Materia medica of Madras volume I
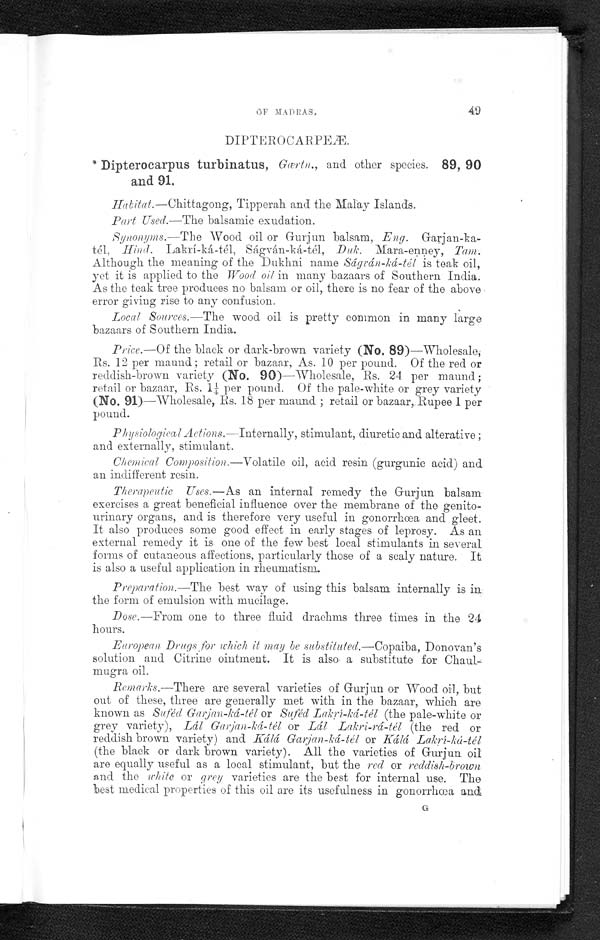
48
MATERIA MEDICA
Preparation.—Infusion, which is prepared in the ordinary way, the
proportion of the flowers to boiling water being one to eight. I have
not yet used the flowers in any other form.
Dose.—From one and a half to three fluid ounces.
European Drugs for which they may be substituted.—A very weak
substitute for Spirit. ammon. arom., lavender and peppermint.
TERNSTRŒMIACEIR
Camellia theifera, G riff. 86, 87 and 88.
Habitat.—Cultivated in China ; and in the Nílgiris, Travancore,
Darjeeling, Assam, Punjab and some other places of India.
Part Used.—The prepared leaves.
S y n o n y m s . — T e a , E n g .
T h é ,
F r .
D e r T h e e ,
G e r .
C h á ,
pattá Duk. and Hind. Te-ilai, Tey-áku, Tel. Chá-pátá, Beng.
Chá, Guz. Té-kóla, Cing. Laphé-khiáv, Bur. Sáé, Arab. Cháye,
Pers. The tea growing in, or imported from, some particular places
is generally named after those places in the bazaar ; as N í l g i r i - k i - c h á
or the tea growing on the Nílgiri hills (No. 86), Chin-ki-chá or
China tea (No. 87) and Singapúr-ki-chá or the tea imported from
Singapore (No. 88).
Local Sources.—Tea is one of the common and abundant articles in
Madras. The black tea (Káli-chá) is more abundant and cheaper than
the green one (Harí-Chá).
Price.—Of the Nílgiri tea—Wholesale, Rs. 10 per maund; retail or
bazaar, As. 8 per pound. Of the China tea—Wholesale, Rs. 15 per
maund ; retail or bazaar, Rupee 1 per pound. Of the Singapore tea—
Wholesale, Rs. 14 per maund ; retail or bazaar, As. 12 per pound.
Physiological Actions.—Nervine
diuretic, nutritive and slightly astringent.
Chemical Composition.—Volatile oil, gallotannic and gallic acids,
quercetin, boheic acid, and the alkaloids theine, zanthine, and theoph
y - l i n e .
Therapeutic Uses.—Useful in some nervous disorders depending on
exhaustion or depression of the nerve power. A strong and hot
infusion of tea without milk and sugar, like that of coffee, is a means
of arousing the nervous system when depressed by opium or some
other narcotic, and also of removing drowsiness or sleep for some
hours whenever it is desirable to do so. With milk and sugar, tea is a
well known nutritive and very pleasant beverage, well suited to
many cases of general and nervous debility brought on by previous
illness.
Preparation.—Infusion, which is usually known as tea. As a
nutritive beverage to be used with milk and sugar, as generally is the
case, this infusion is prepared by infusing in a covered vessel two
drachms of the prepared tea leaves in ten ounces of boiling water for
10 or 15 minutes. The infusion should be three or four times stronger
for use in cases of poisoning from opium or other narcotic medicines.
Dose.—From four to eight ounces.